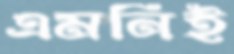
এমনিই